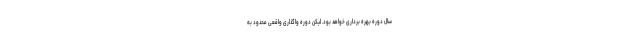
سال دوره بهره برداری خواهد بود. لیکن دوره واگذاری واقعی محدود به